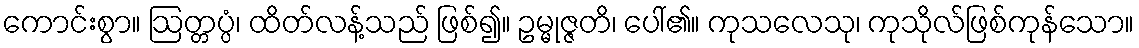
ကောင်းစွာ။ ဩတ္တပ္ပံ၊ ထိတ်လန့်သည် ဖြစ်၍။ ဥမ္မုဇ္ဇတိ၊ ပေါ်၏။ ကုသလေသု၊ ကုသိုလ်ဖြစ်ကုန်သော။